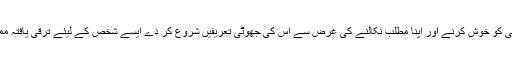
ایک ایسا شخص جو ذاتی سوچ، خیالات اور دماغ سے فارغ ہو اور اپنی چرب زبانی کے ذریعے کسی کو خوش کرنے اور اپنا مطلب نکالنے کی غرض سے اُس کی جھوٹی تعریفیں شروع کر دے ایسے شخص کے لیئے ترقی یافتہ ممالک میں نہ جانے کیا طنزیہ اصطلاح استعمال ہوتی ہے لیکن ہمارے ہاں اسے چمچہ ہی کہتے ہیں ۔